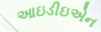
આઇડીઇએન